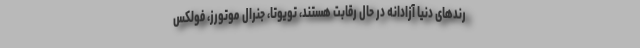
رندهای دنیا آزادانه در حال رقابت هستند، تویوتا، جنرال موتورز، فولکس